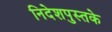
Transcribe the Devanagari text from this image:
निदेशपुस्तके